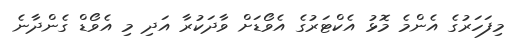
މިފަހަރުގެ އެންމެ މޮޅު އެކްޓަރުގެ އެވޯޑަށް ވާދަކުރާ އަދި މި އެވޯޑް ގެންދާނެ